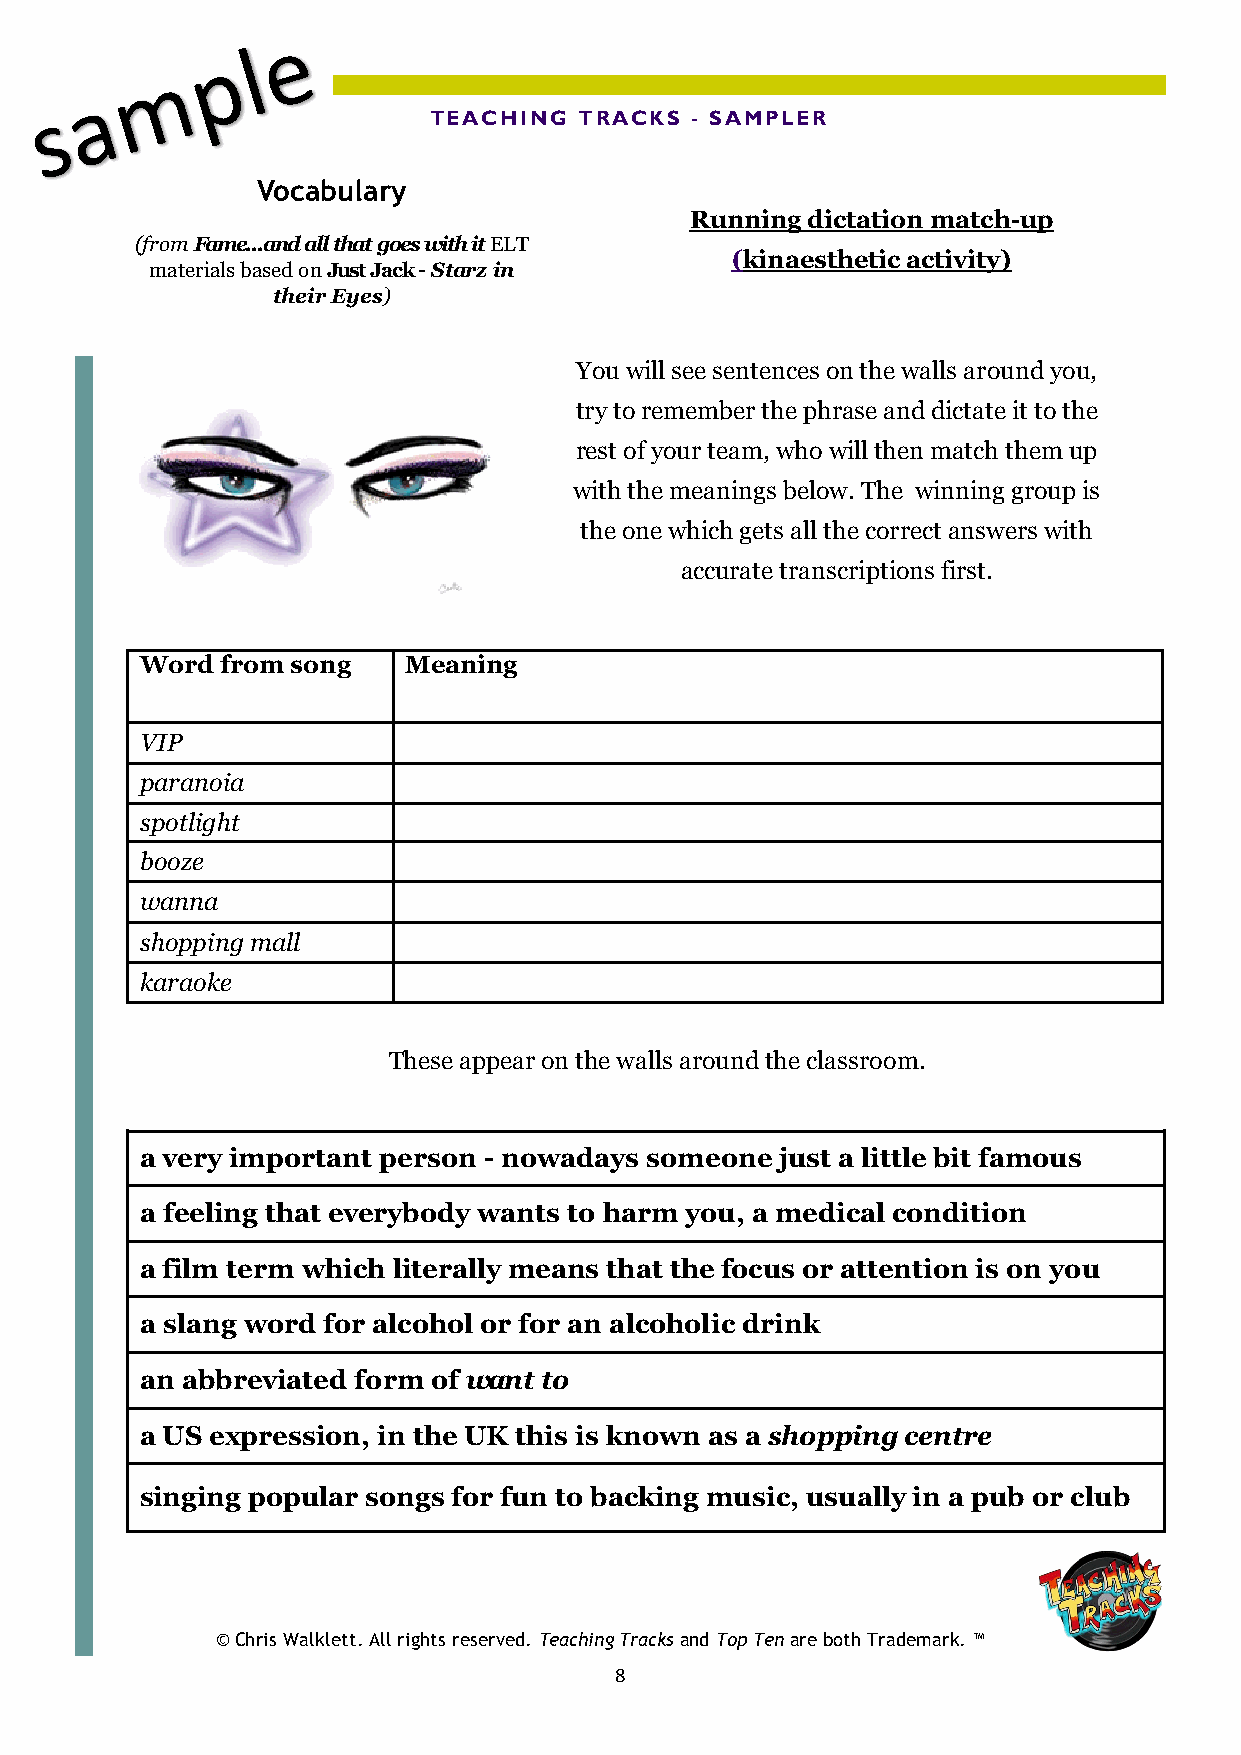
TEACHING  TRACKS  - SAMPLER
 Vocabulary
 Running dictation match-up
 (from Fame...and all that goes with it ELT
 (kinaesthetic activity)
 materials based on Just Jack - Starz in
 their Eyes)
 You will see sentences on the walls around you,
 try to remember the phrase and dictate it to the
 rest of your team, who will then match them up
 with the meanings below. The winning group is
 the one which gets all the correct answers with
 accurate transcriptions first.
 Word  from song   Meaning
 VIP
 paranoia
 spotlight
 booze
 wanna
 shopping mall
 karaoke
 These appear on the walls around the classroom.
 a very important person - nowadays someone just a little bit famous
 a feeling that everybody wants to harm you, a medical condition
 a film term which literally means that the focus or attention is on you
 a slang word for alcohol or for an alcoholic drink
 an abbreviated form of want to
 a US expression, in the UK this is known as a shopping centre
 singing popular songs for fun to backing music, usually in a pub or club
 © Chris Walklett. All rights reserved. Teaching Tracks and Top Ten are both Trademark. ™
 8